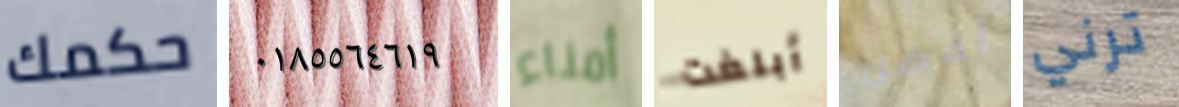
حكمك ٠١٨٥٥٦٤٦١٩ أمناء أبلغت أفضل ترني